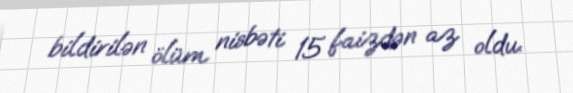
bildirilən ölüm nisbəti 15 faizdən az oldu.